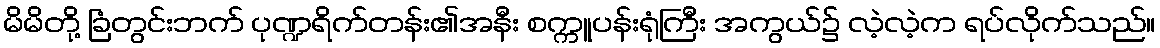
မိမိတို့ ခြံတွင်းဘက် ပုဏ္ဍရိက်တန်း၏အနီး စက္ကူပန်းရုံကြီး အကွယ်၌ လဲ့လဲ့က ရပ်လိုက်သည်။